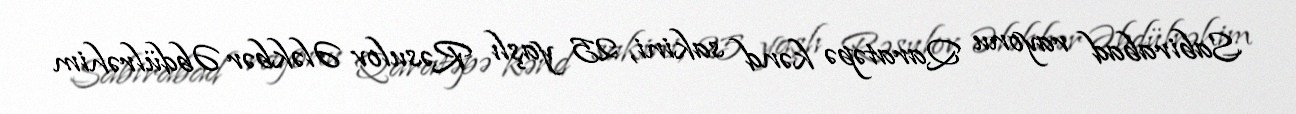
Sabirabad rayonu Qaratəpə kənd sakini, 25 yaşlı Rəsulov Ələkbər Əbdülrəhim